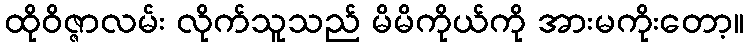
ထိုဝိဇ္ဇာလမ်း လိုက်သူသည် မိမိကိုယ်ကို အားမကိုးတော့။